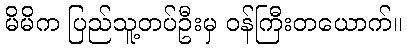
မိမိက ပြည်သူ့တပ်ဦးမှ ဝန်ကြီးတယောက်။